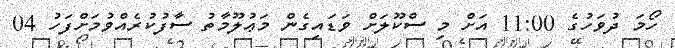
ހޯމަ ދުވަހުގެ 11:00 އަށް މި ސްކޫލަށް ވަޑައިގެން މަޢުލޫމާތު ސާފުކުރެއްވުމަށްފަހު 04